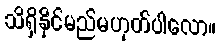
သိရှိနိုင်မည်မဟုတ်ပါလော။